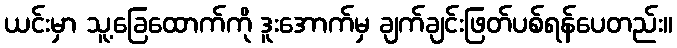
ယင်းမှာ သူ့ခြေထောက်ကို ဒူးအောက်မှ ချက်ချင်းဖြတ်ပစ်ရန်ပေတည်း။